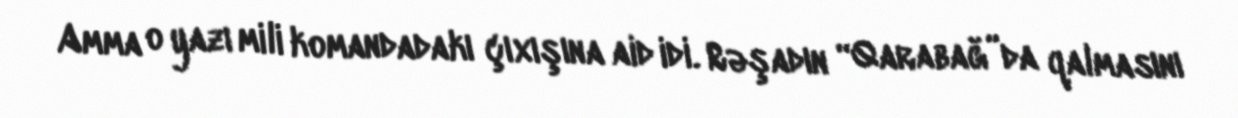
Amma o yazı mili komandadakı çıxışına aid idi. Rəşadın “Qarabağ”da qalmasını